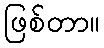
ဖြစ်တာ။